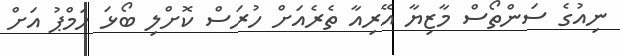
ނިއުގެ ސަންތޯސް މާޒިޔާ އޭރިއާ ތެެރެއަށް ހުރަސް ކޮށްލި ބޯޅަ ހަމްޕު އަށް